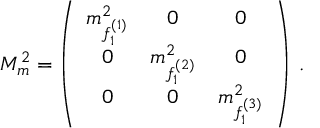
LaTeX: M _ { m } ^ { 2 } = \left( \begin{array} { c c c } { { m _ { f _ { 1 } ^ { ( 1 ) } } ^ { 2 } } } & { { 0 } } & { { 0 } } \\ { { 0 } } & { { m _ { f _ { 1 } ^ { ( 2 ) } } ^ { 2 } } } & { { 0 } } \\ { { 0 } } & { { 0 } } & { { m _ { f _ { 1 } ^ { ( 3 ) } } ^ { 2 } } } \end{array} \right) \, .